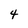
Character: 4